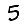
Digit: 5